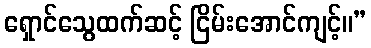
ရှောင်သွေထက်ဆင့် ငြိမ်းအောင်ကျင့်။”